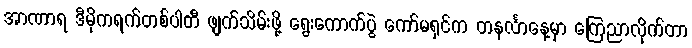
အာဏာရ ဒီမိုကရက်တစ်ပါတီ ဖျက်သိမ်းဖို့ ရွေးကောက်ပွဲ ကော်မရှင်က တနင်္လာနေ့မှာ ကြေညာလိုက်တာ